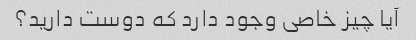
آیا چیز خاصی وجود دارد که دوست دارید؟